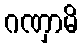
ဂဏှာမိ